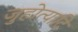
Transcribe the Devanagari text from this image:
जुहोत्यादि